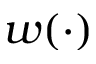
w ( \cdot )